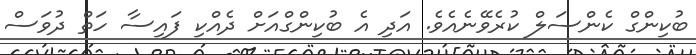
ބުކިންގް ކެންސަލް ކުރެވޭނެއެވެ. އަދި އެ ބުކިންގްއަށް ދެއްކި ފައިސާ ހަތް ދުވަސް